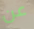
عن